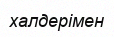
халдерімен